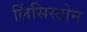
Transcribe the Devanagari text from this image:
लिंसिस्टोन